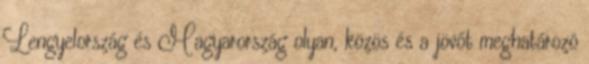
Lengyelország és Magyarország olyan, közös és a jövőt meghatározó